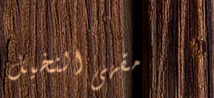
مقهى النخيل